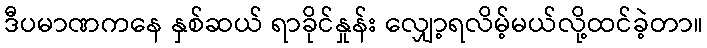
ဒီပမာဏကနေ နှစ်ဆယ် ရာခိုင်နှုန်း လျှော့ရလိမ့်မယ်လို့ထင်ခဲ့တာ။